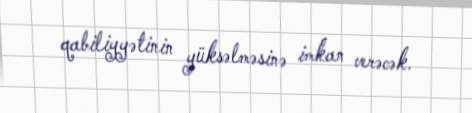
qabiliyyətinin yüksəlməsinə imkan verəcək.